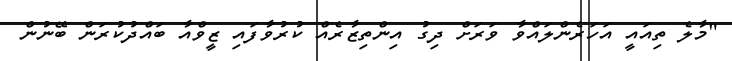
"މާލެ ތިއައީ އަހަރެންލައްވާ ވަރަށް ދިގު އިންތިޒާރެއް ކުރުވާފައި ޒީވްއާ ބައްދުކުރަން ބޭނުން